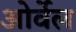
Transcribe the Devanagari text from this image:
ओर्वेल